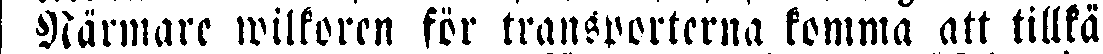
Närmare wilkoren för transporterna komma att tillkä